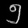
Digit: ၅